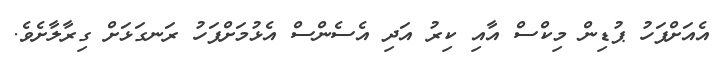
އެއަށްފަހު ޕުޑިން މިކްސް އާއި ކިރު އަދި އެސެންސް އެޅުމަށްފަހު ރަނގަޅަށް ގިރާލާށެވެ.